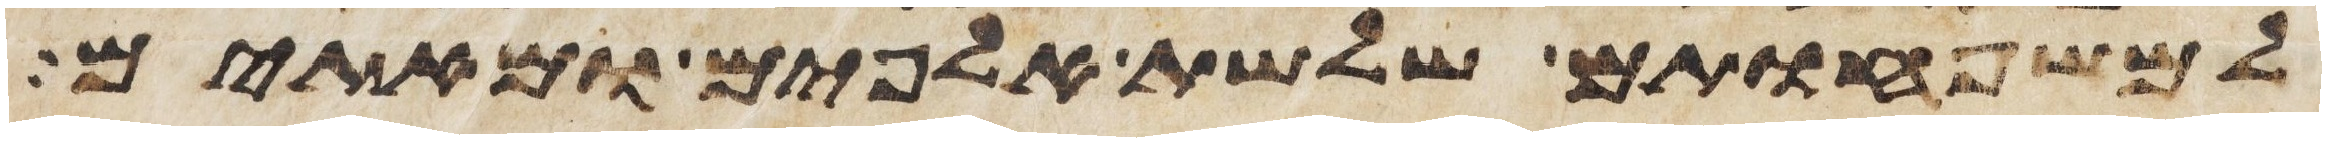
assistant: למשפחותם שלשת אלפים ומאתים